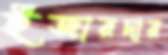
ইজারদার